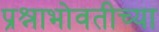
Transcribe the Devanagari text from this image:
प्रश्नाभोवतीच्या